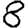
Digit: 8